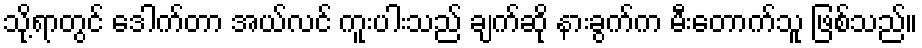
သို့ရာတွင် ဒေါက်တာ အယ်လင် ကူးပါးသည် ချက်ဆို နားခွက်က မီးတောက်သူ ဖြစ်သည်။